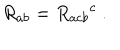
R _ { a b } = R _ { a c b } { } ^ { c } ~ .